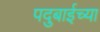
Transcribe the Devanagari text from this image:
पदुबाईच्या